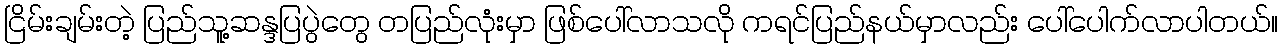
ငြိမ်းချမ်းတဲ့ ပြည်သူ့ဆန္ဒပြပွဲတွေ တပြည်လုံးမှာ ဖြစ်ပေါ်လာသလို ကရင်ပြည်နယ်မှာလည်း ပေါ်ပေါက်လာပါတယ်။